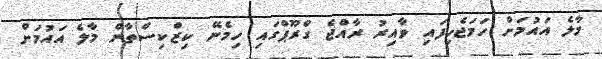
މާލެ އައުމަށް ހަމަޖެހިފައި ވާއިރު ރާއްޖެ ގްރޫޕްގައި ހިމެނޭ ކިޒްކިސްތާން މާލެ އައުމަށް